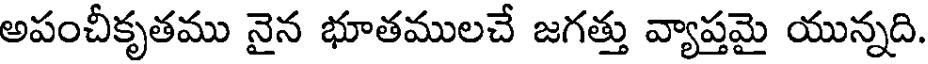
అపంచీకృతము నైన భూతములచే జగత్తు వ్యాప్తమై యున్నది.